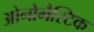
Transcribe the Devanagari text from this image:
ओनोमैस्टिक